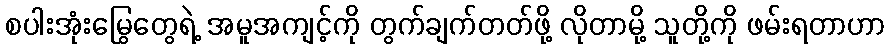
စပါးအုံးမြွေတွေရဲ့ အမူအကျင့်ကို တွက်ချက်တတ်ဖို့ လိုတာမို့ သူတို့ကို ဖမ်းရတာဟာ